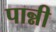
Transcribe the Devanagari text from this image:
पान्नी